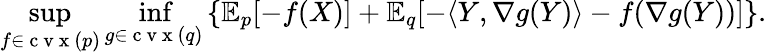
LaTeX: \operatorname*{sup}_{f\in\mathrm{~c~v~x~}(p)}\operatorname*{inf}_{g\in\mathrm{~c~v~x~}(q)}\left\{ \mathbb{E}_{p}[-f(X)]+\mathbb{E}_{q}[-\langle Y,\nabla g(Y)\rangle-f(\nabla g(Y))]\right\} .